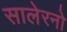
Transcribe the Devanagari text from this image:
सालेरनो